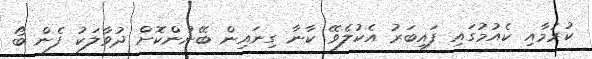
ކުރުމާއި ކެއުމުގައި ފައިބަރު އެކުލެވޭ ކާނާ ގިނައިން ބޭނުންކޮށް ދުވާލަކު ފެން ބޯ